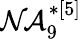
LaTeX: \mathcal{NA}_{9}^{*[5]}